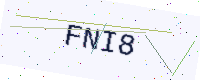
Text: FNI8